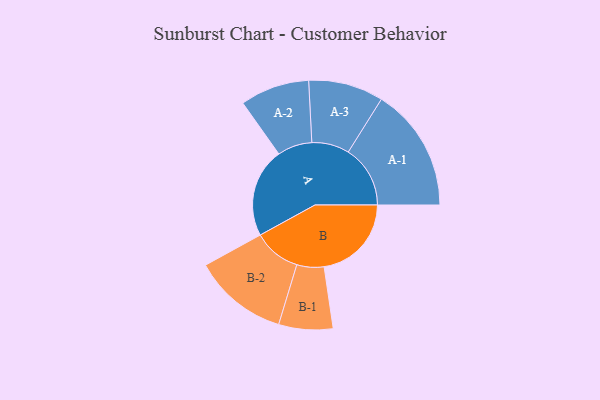
{"axis": {"x": "Segment", "y": "Value"}, "legend": ["", "A", "B"], "data": [{"x": "A", "y": 412, "type": ""}, {"x": "B", "y": 403, "type": ""}, {"x": "A-1", "y": 286, "type": "A"}, {"x": "A-2", "y": 160, "type": "A"}, {"x": "A-3", "y": 173, "type": "A"}, {"x": "B-1", "y": 125, "type": "B"}, {"x": "B-2", "y": 219, "type": "B"}]}